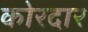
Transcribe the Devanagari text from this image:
कोरदार